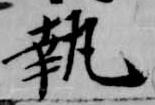
執